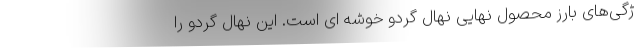
ژگی‌­های بارز محصول نهایی نهال گردو خوشه ای است. این نهال گردو را